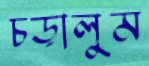
চড়ালুম